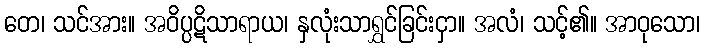
တေ၊ သင်အား။ အဝိပ္ပဋိသာရာယ၊ နှလုံးသာရွှင်ခြင်းငှာ။ အလံ၊ သင့်၏။ အာဝုသော၊